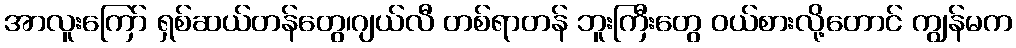
အာလူးကြော် ရှစ်ဆယ်တန်တွေ၊ဂျယ်လီ တစ်ရာတန် ဘူးကြီးတွေ ဝယ်စားလို့တောင် ကျွန်မက